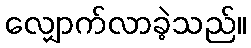
လျှောက်လာခဲ့သည်။